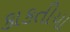
કાકતીયા